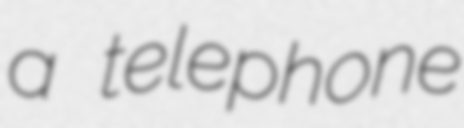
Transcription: a telephone